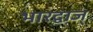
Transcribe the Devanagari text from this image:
भारद्वाज्